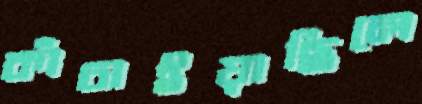
কাঁচাইয়াছিলে